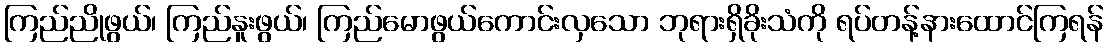
ကြည်ညိုဖွယ်၊ ကြည်နူးဖွယ်၊ ကြည်မောဖွယ်ကောင်းလှသော ဘုရားရှိခိုးသံကို ရပ်တန့်နားထောင်ကြရန်